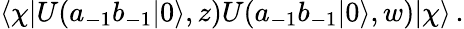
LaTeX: \langle\chi|U(a_{-1}b_{-1}|0\rangle,z)U(a_{-1}b_{-1}|0\rangle,w)|\chi\rangle\, .